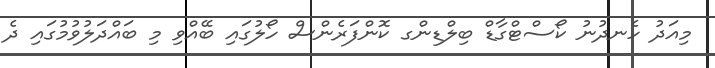
މިއަދު ހެނދުނު ކޯސްޓްގާޑް ބިލްޑިންގ ކޮންފަރެންސް ހޯލުގައި ބޭއްވި މި ބައްދަލުވުމުގައި ދެ